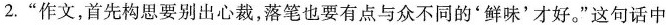
2.”作文，首先构思要别出心裁，落笔也要有点与众不同的'鲜味'才好。”这句话中